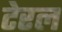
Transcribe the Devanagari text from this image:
टेरल